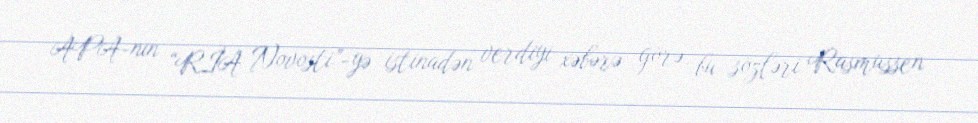
APA-nın “RİA Novosti”-yə istinadən verdiyi xəbərə görə, bu sözləri Rasmussen